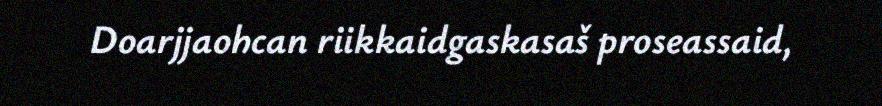
Doarjjaohcan riikkaidgaskasaš proseassaid,